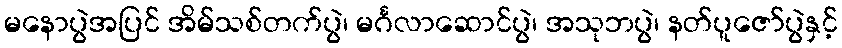
မနောပွဲအပြင် အိမ်သစ်တက်ပွဲ၊ မင်္ဂလာဆောင်ပွဲ၊ အသုဘပွဲ၊ နတ်ပူဇော်ပွဲနှင့်